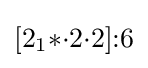
[2_{1}{*}{\cdot }2{\cdot }2]{:}6